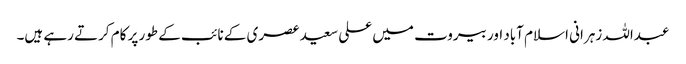
عبداللہ زہرانی اسلام آباد اور بیروت میں علی سعید عصری کے نائب کے طور پر کام کرتے رہے ہیں۔